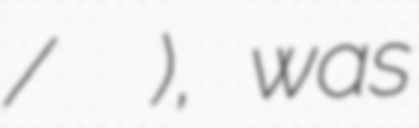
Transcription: / Босанска бановина), was